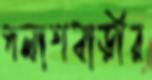
পলাশবাড়ীর